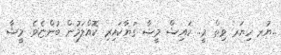
..ޔުރ ހިޔަރ ވިތް މީ.. ކައިޝް މީޝާ ގަޔާކައިރި ކޮއްލަމުން ބުންޏެވެ. މީޝާ